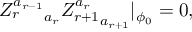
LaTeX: { Z _ { r } ^ { a _ { r - 1 } } } _ { a _ { r } } { Z _ { r + 1 } ^ { a _ { r } } } _ { a _ { r + 1 } } | _ { \phi _ { 0 } } = 0 ,